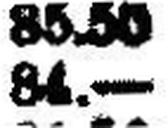
84.—